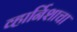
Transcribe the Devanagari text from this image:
व्हार्निशाचा